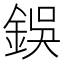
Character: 鋘